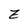
Character: z